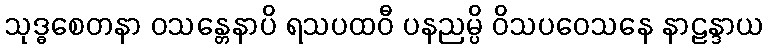
သုဒ္ဓစေတနာ ဝသန္တေနာပိ ရသပထဝီ ပနညမ္ပိ ဝိသပဝေသနေ နာဠန္ဒာယ